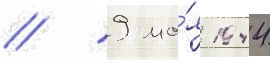
// 9 ма́я 1944